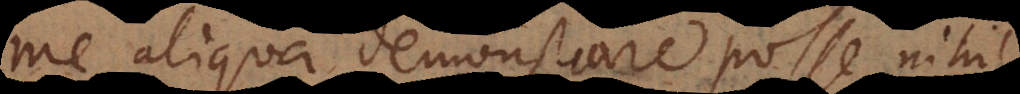
me aliqua demonstrare posse, nihil